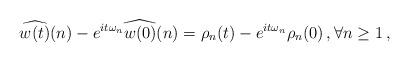
LaTeX: \begin{align*}\widehat {w(t)}(n) - e^{it\omega_n}\widehat {w(0)}(n) = \rho_n(t)-e^{it\omega_n}\rho_n(0) \, ,\forall n\geq 1 \, ,\end{align*}